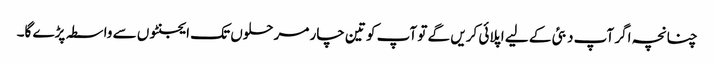
چنانچہ اگر آپ دبئی کے لیے اپلائی کریں گے تو آپ کو تین چار مرحلوں تک ایجنٹوں سے واسطہ پڑے گا۔